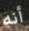
أنه